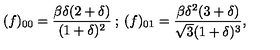
( f ) _ { 0 0 } = \frac { \beta \delta ( 2 + \delta ) } { ( 1 + \delta ) ^ { 2 } } \: ; \: ( f ) _ { 0 1 } = \frac { \beta \delta ^ { 2 } ( 3 + \delta ) } { \sqrt { 3 } ( 1 + \delta ) ^ { 3 } } ,